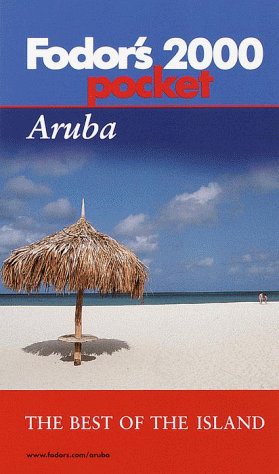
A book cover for Fodor's Pocket Aruba 2000: All The Best of the Island; Fodor's; Travel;